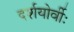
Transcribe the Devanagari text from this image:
दर्शयोर्वीः